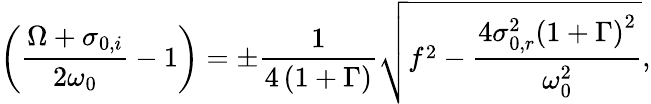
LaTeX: \left(\frac{\Omega+\sigma_{0,i}}{2\omega_{0}}-1\right)=\pm\frac{1}{4\left(1+\Gamma\right)}\sqrt{f^{2}-\frac{4\sigma_{0,r}^{2}\left(1+\Gamma\right)^{2}}{\omega_{0}^{2}}},